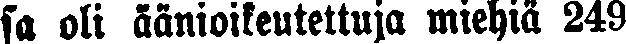
sa oli äänioikeutettuja miehiä 249